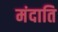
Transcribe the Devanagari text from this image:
मंदाति